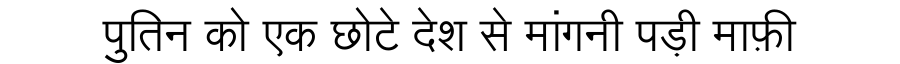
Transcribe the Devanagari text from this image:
पुतिन को एक छोटे देश से मांगनी पड़ी माफ़ी